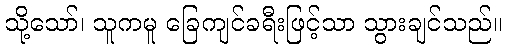
သို့သော်၊ သူကမူ ခြေကျင်ခရီးဖြင့်သာ သွားချင်သည်။